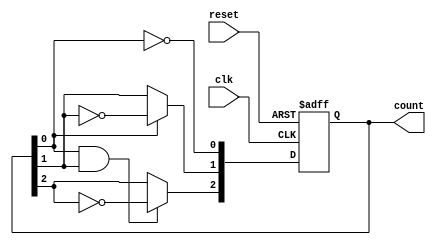
module async_counter (
    input wire clk,         // Clock input
    input wire reset,       // Asynchronous reset input
    output reg [n-1:0] count // n-bit counter output
);
    parameter n = 3; // Number of bits in the counter (3 for a 3-bit counter)

    // Always block triggered on the clock or reset
    always @(posedge clk or posedge reset) begin
        if (reset) begin
            count <= 0; // Reset the counter to 0
        end else begin
            // Ripple counter logic
            count[0] <= ~count[0]; // Toggle LSB
            count[1] <= count[0] ? ~count[1] : count[1]; // Toggle next bit on LSB transition
            count[2] <= (count[0] & count[1]) ? ~count[2] : count[2]; // Toggle next bit on transition of both LSB and second bit
            // Add more bits as needed for larger counters
        end
    end
endmodule